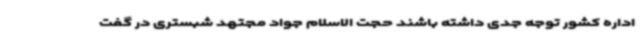
اداره کشور توجه جدی داشته باشند حجت الاسلام جواد مجتهد شبستری در گفت